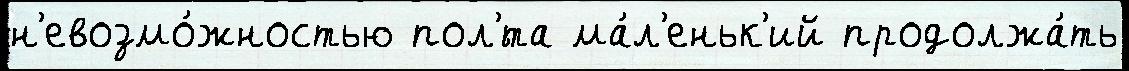
н'евозмо́жностью пол'́та ма́л'еньк'ий продолжа́ть